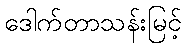
ဒေါက်တာသန်းမြင့်